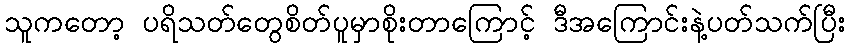
သူကတော့ ပရိသတ်တွေစိတ်ပူမှာစိုးတာကြောင့် ဒီအကြောင်းနဲ့ပတ်သက်ပြီး